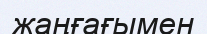
жаңғағымен